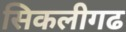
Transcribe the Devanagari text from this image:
सिकलीगढ